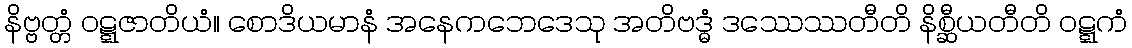
နိဗ္ဗတ္တံ ဝဋ္ဋဇာတိယံ။ စောဒိယမာနံ အနေကဘေဒေသု အတိဗဒ္ဓံ ဒဿေဿတီတိ နိစ္ဆီယတီတိ ဝဋ္ဋကံ